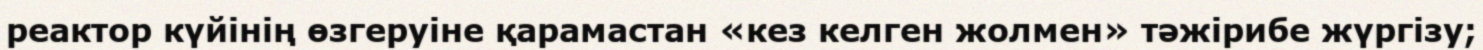
реактор күйінің өзгеруіне қарамастан «кез келген жолмен» тәжірибе жүргізу;